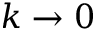
k \rightarrow 0